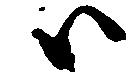
ハ